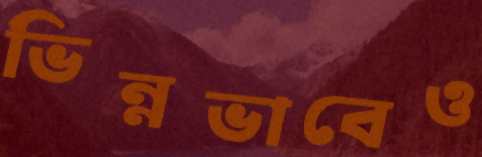
ভিন্নভাবেও